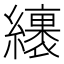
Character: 𦆪